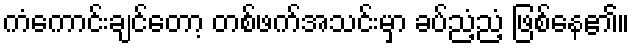
ကံကောင်းချင်တော့ တစ်ဖက်အသင်းမှာ ခပ်ညံ့ညံ့ ဖြစ်နေ၏။